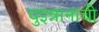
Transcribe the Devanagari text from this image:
युइन्नानाची